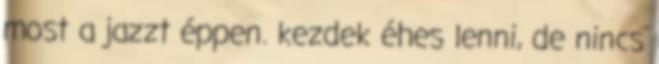
most a jazzt éppen. kezdek éhes lenni, de nincs